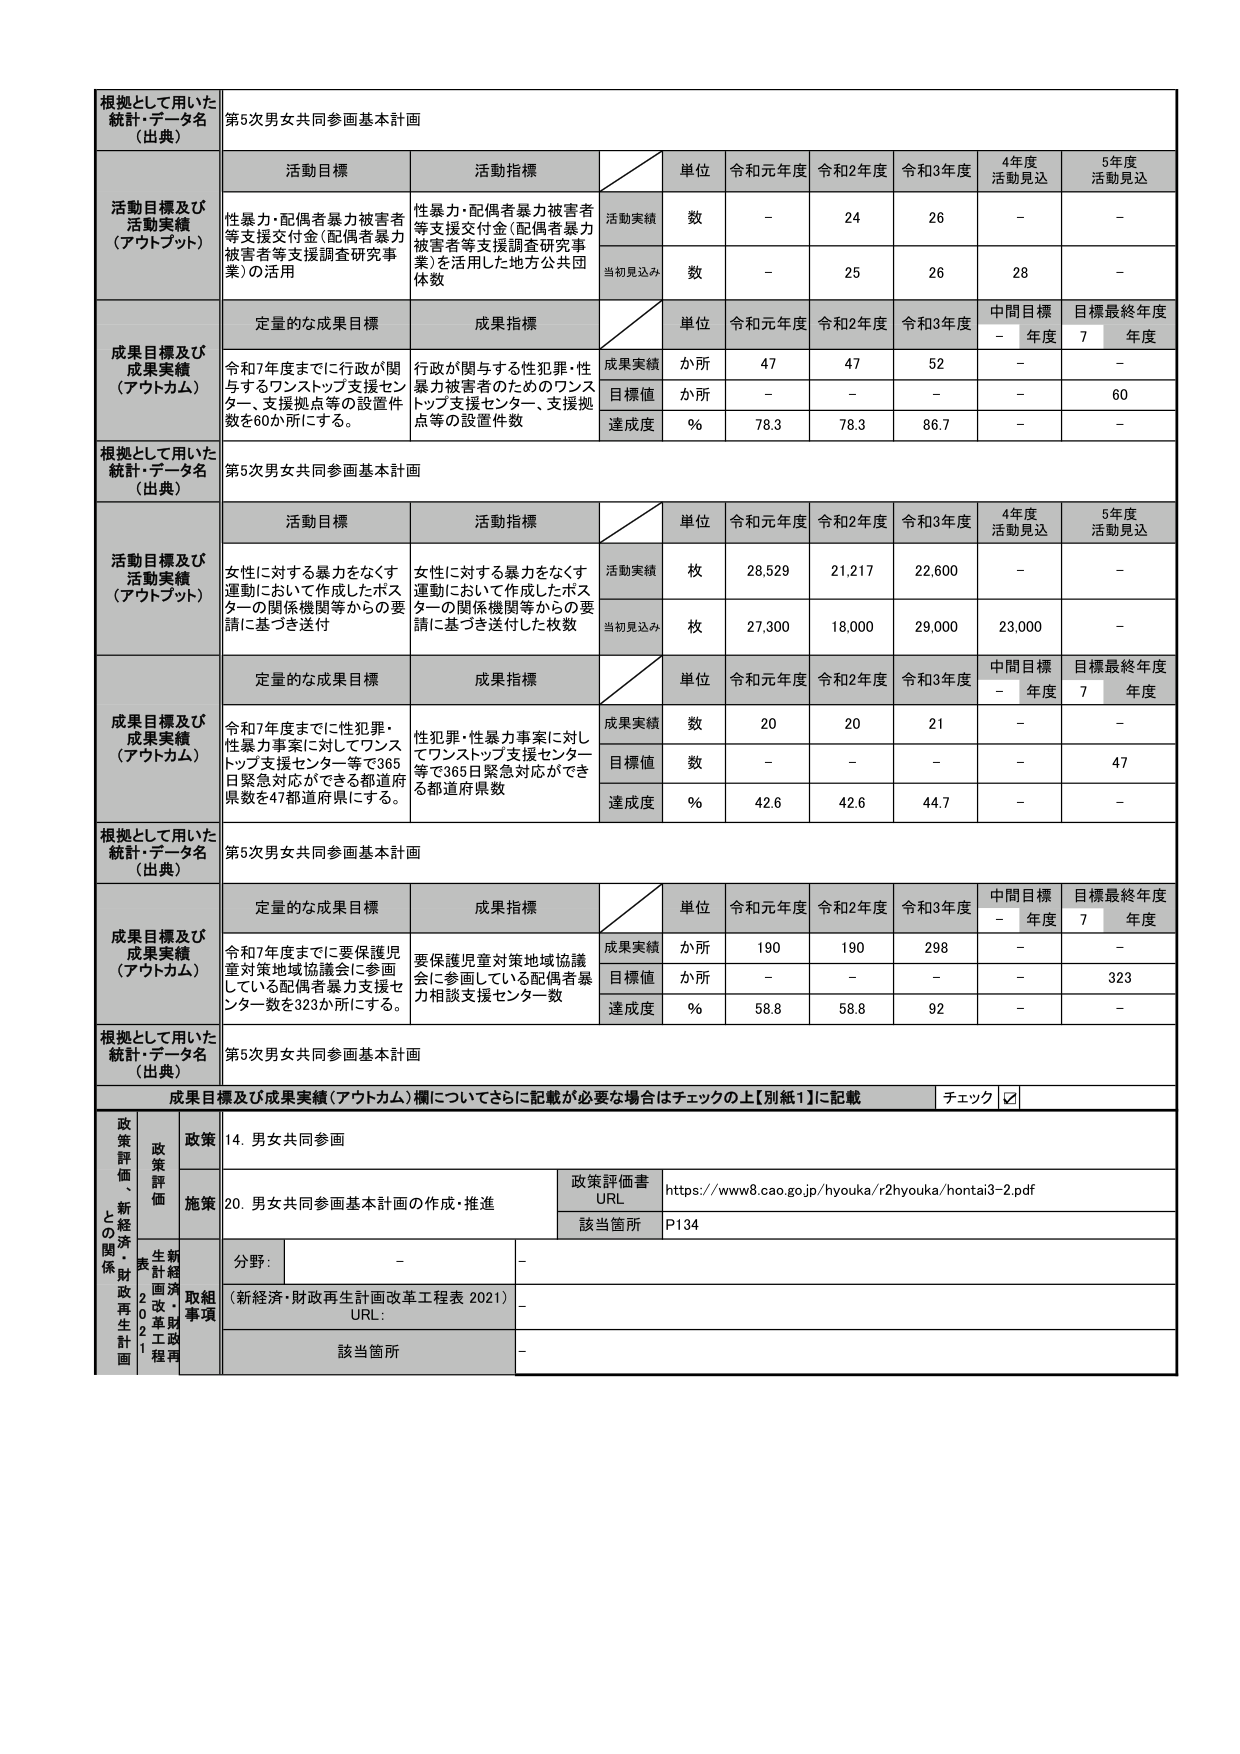
根拠として用いた
統計・データ名
（出典）
第5次男女共同参画基本計画

活動目標及び
活動実績
（アウトプット）
活動目標
活動指標
単位
令和元年度
令和2年度
令和3年度
4年度
活動見込
5年度
活動見込
性暴力・配偶者暴力被害者等支援交付金（配偶者暴力被害者等支援調査研究事業）の活用
性暴力・配偶者暴力被害者等支援交付金（配偶者暴力被害者等支援調査研究事業）を活用した地方公共団体数
活動実績
数
－
24
26
－
－
当初見込み
数
－
25
26
28
－

成果目標及び
成果実績
（アウトカム）
定量的な成果目標
成果指標
単位
令和元年度
令和2年度
令和3年度
中間目標
－年度
目標最終年度
7年度
令和7年度までに行政が関与するワンストップ支援センター、支援拠点等の設置件数を60か所にする。
行政が関与する性犯罪・性暴力被害者のためのワンストップ支援センター、支援拠点等の設置件数
成果実績
か所
47
47
52
－
－
目標値
か所
－
－
－
－
60
達成度
％
78.3
78.3
86.7
－
－

根拠として用いた
統計・データ名
（出典）
第5次男女共同参画基本計画

活動目標及び
活動実績
（アウトプット）
活動目標
活動指標
単位
令和元年度
令和2年度
令和3年度
4年度
活動見込
5年度
活動見込
女性に対する暴力をなくす運動において作成したポスターの関係機関等からの要請に基づき送付
女性に対する暴力をなくす運動において作成したポスターの関係機関等からの要請に基づき送付した枚数
活動実績
枚
28,529
21,217
22,600
－
－
当初見込み
枚
27,300
18,000
29,000
23,000
－

成果目標及び
成果実績
（アウトカム）
定量的な成果目標
成果指標
単位
令和元年度
令和2年度
令和3年度
中間目標
－年度
目標最終年度
7年度
令和7年度までに性犯罪・性暴力事案に対してワンストップ支援センター等で365日緊急対応ができる都道府県数を47都道府県にする。
性犯罪・性暴力事案に対してワンストップ支援センター等で365日緊急対応ができる都道府県数
成果実績
数
20
20
21
－
－
目標値
数
－
－
－
－
47
達成度
％
42.6
42.6
44.7
－
－

根拠として用いた
統計・データ名
（出典）
第5次男女共同参画基本計画

成果目標及び
成果実績
（アウトカム）
定量的な成果目標
成果指標
単位
令和元年度
令和2年度
令和3年度
中間目標
－年度
目標最終年度
7年度
令和7年度までに要保護児童対策地域協議会に参画している配偶者暴力支援センター数を323か所にする。
要保護児童対策地域協議会に参画している配偶者暴力相談支援センター数
成果実績
か所
190
190
298
－
－
目標値
か所
－
－
－
－
323
達成度
％
58.8
58.8
92
－
－

根拠として用いた
統計・データ名
（出典）
第5次男女共同参画基本計画

成果目標及び成果実績（アウトカム）欄についてさらに記載が必要な場合はチェックの上【別紙1】に記載
チェック ☑

政策評価・新経済財政再生計画との関係
政策
14. 男女共同参画
施策
20. 男女共同参画基本計画の作成・推進
政策評価書
URL
https://www8.cao.go.jp/hyouka/r2hyouka/hontai3-2.pdf
該当箇所
P134
分野：
－
－
（新経済・財政再生計画改革工程表 2021）
URL：
－
該当箇所
－